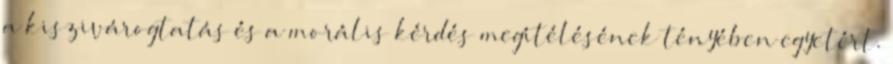
a kiszivárogtatás és a morális kérdés megítélésének tényében egyetért.